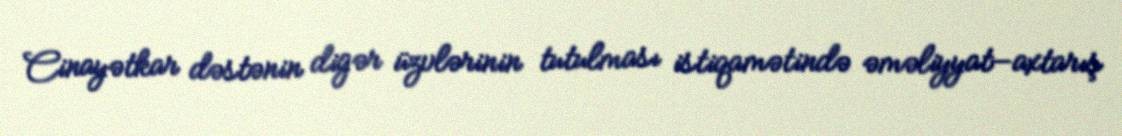
Cinayətkar dəstənin digər üzvlərinin tutulması istiqamətində əməliyyat—axtarış